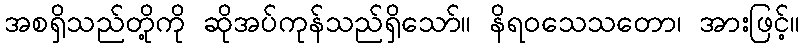
အစရှိသည်တို့ကို ဆိုအပ်ကုန်သည်ရှိသော်။ နိရဝသေသတော၊ အားဖြင့်။